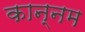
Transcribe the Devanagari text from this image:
कान्नम